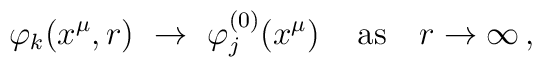
\varphi_k (x^\mu,r)   ~\to~ \varphi^{(0)}_j(x^\mu) \, \quad {\rm as} \quad  r \to \infty \,,